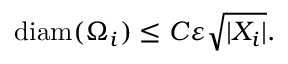
\mathrm { d i a m } ( \Omega _ { i } ) \leq C \varepsilon \sqrt { | X _ { i } | } .